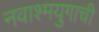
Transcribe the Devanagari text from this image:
नवाश्मयुगाची